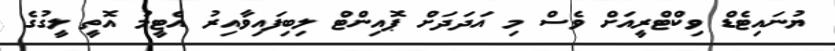
ޔުނައިޓެޑް ވިކްޓްރީއަށް ވެސް މި އަދަދަށް ޕޮއިންޓް ލިބިފައިވާއިރު އެޓީމު އޮތީ ލީގުގެ